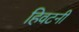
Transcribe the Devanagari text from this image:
हिवटनी